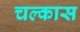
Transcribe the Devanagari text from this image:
चल्कास